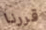
قررنا